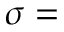
\sigma =